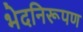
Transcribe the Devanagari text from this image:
भेदनिरूपण